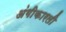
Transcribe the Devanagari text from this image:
अंगीकारली